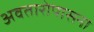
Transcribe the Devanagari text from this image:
अवतारोपासना